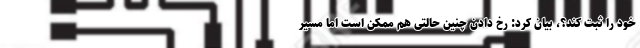
خود را ثبت کند؟، بیان کرد: رخ دادن چنین حالتی هم ممکن است اما مسیر